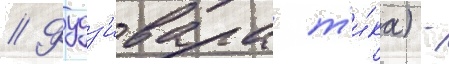
// Фудз'ивара т'и́ка) -